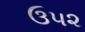
ઉ૫૨